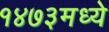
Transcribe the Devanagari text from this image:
१४७३मध्ये